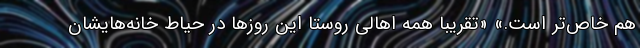
هم خاص‌تر است.» «تقریبا همه اهالی روستا این روزها در حیاط خانه‌هایشان